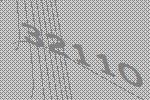
32110